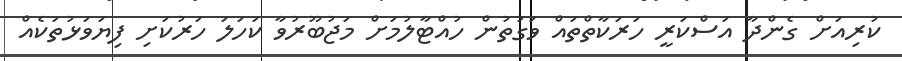
ކުރިއަށް ގެންދާ އަސްކަރީ ހަރަކާތްތައް ވަގުތުން ހުއްޓާލުމަށް މަޖުބޫރުވާ ކަހަލަ ހަރުކަށި ފިޔަވަޅުތަކެއް